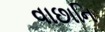
વાછાનિ